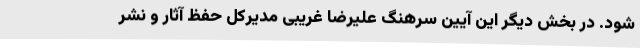
شود. در بخش دیگر این آیین سرهنگ علیرضا غریبی مدیرکل حفظ آثار و نشر